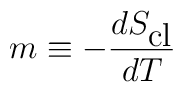
m\equiv -\frac{dS_{\mbox{cl}}}{dT}